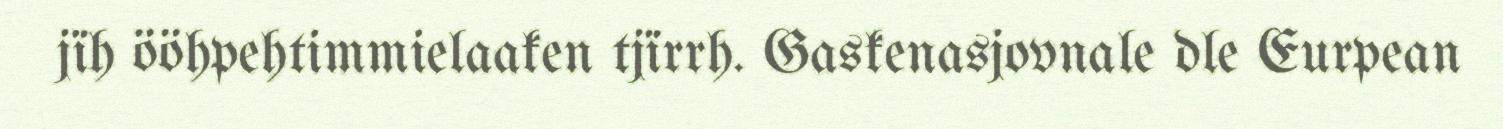
jïh ööhpehtimmielaaken tjïrrh. Gaskenasjovnale dle Eurpean